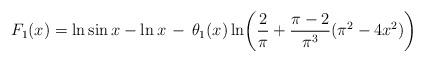
LaTeX: \begin{align*}F_{1}(x)=\displaystyle \ln \sin x - \ln x \, - \,\theta_{1}(x) \ln\! \left( \frac{2}{\pi} + \frac{\pi-2}{\pi^{3}}(\pi^{2}-4x^{2}) \right)\end{align*}